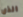
الذي